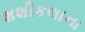
શશીકલાના